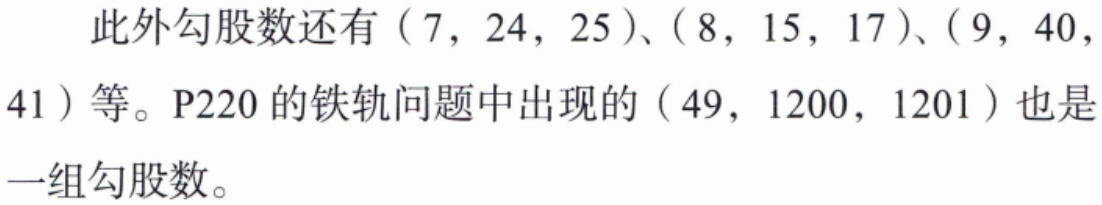
此外勾股数还有\((7,24,25)\)、\((8,15,17)\)、\((9,40,41)\)等。P220 的铁轨问题中出现的\((49,1200,1201)\)也是一组勾股数。